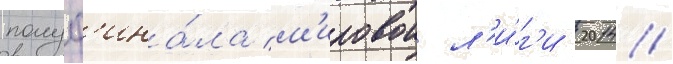
полуф'ина́ла м'ировои л'и́г'и 2014/